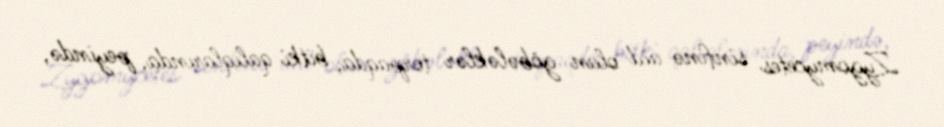
Zygomycetes sinfinə aid olan göbələklər torpaqda, bitki qalıqlarında, peyində,